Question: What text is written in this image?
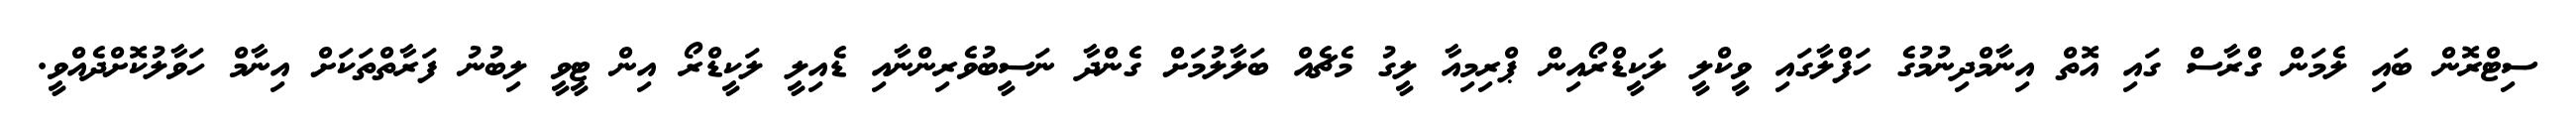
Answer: ސިޓްރޮން ބައި ލެމަން ގްރާސް ގައި އޮތް އިނާމްދިނުމުގެ ހަފްލާގައި ވީކްލީ ލަކީޑްރޯއިން ޕްރިމިއާ ލީގު މެޗެއް ބަލާލުމަށް ގެންދާ ނަސީބުވެރިންނާއި ޑެއިލީ ލަކީޑްރޯ އިން ޓީވީ ލިބުނު ފަރާތްތަކަށް އިނާމް ހަވާލުކޮށްދެއްވީ.